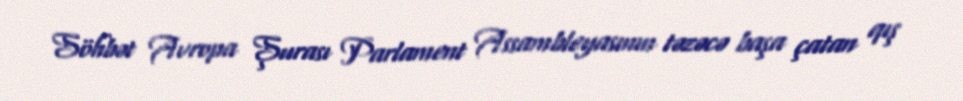
Söhbət Avropa Şurası Parlament Assambleyasının təzəcə başa çatan qış